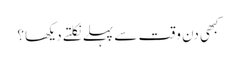
کبھی دن وقت سے پہلے نکلتے دیکھا؟